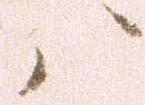
ハ